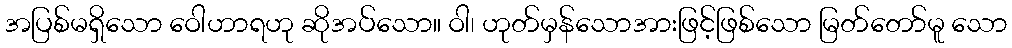
အပြစ်မရှိသော ဝေါဟာရဟု ဆိုအပ်သော။ ဝါ၊ ဟုတ်မှန်သောအားဖြင့်ဖြစ်သော မြတ်တော်မူ သော